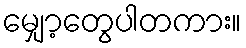
မျှော့တွေပါတကား။